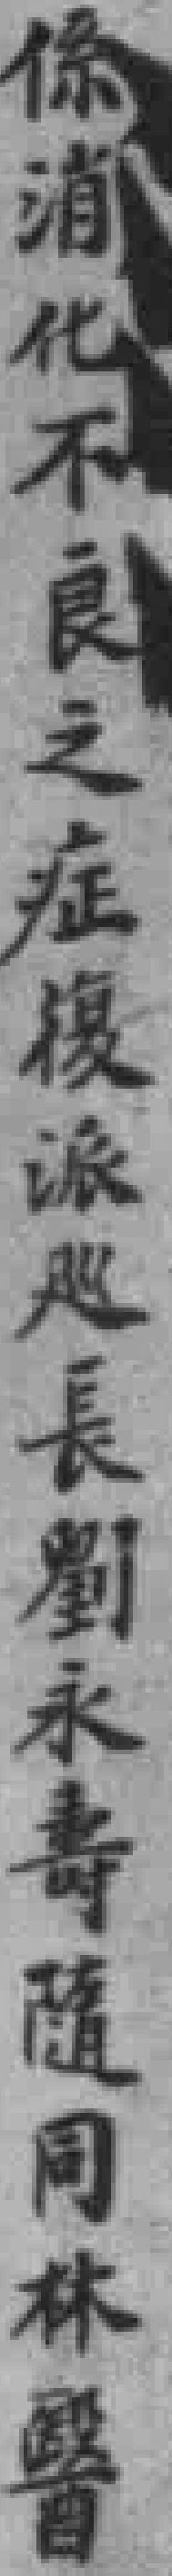
係消化不良之症復派巡長劉永壽随同林醫